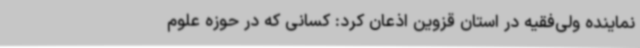
نماینده ولی‌فقیه در استان قزوین اذعان کرد: کسانی که در حوزه علوم